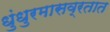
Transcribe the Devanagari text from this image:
धुंधुरमासव्रतात